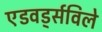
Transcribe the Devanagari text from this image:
एडवर्ड्सविले